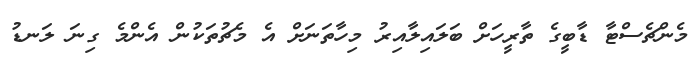
މެންޗެސްޓާ ޑާބީގެ ތާރީހަށް ބަލައިލާއިރު މިހާތަނަށް އެ މެޗުތަކުން އެންމެ ގިނަ ލަނޑު